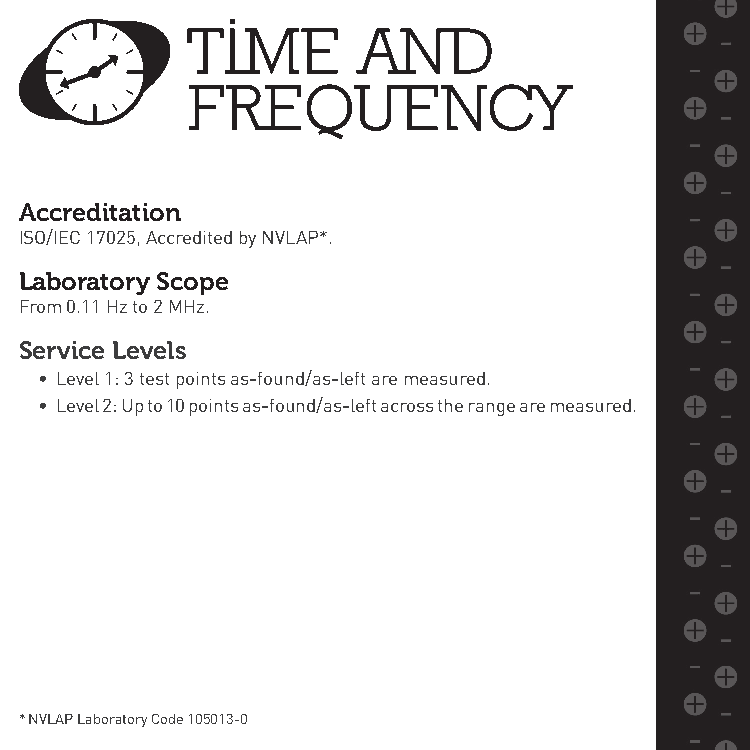
Accreditation
 ISO/IEC 17025, Accredited by NVLAP*.
 Laboratory Scope
 From 0.11 Hz to 2 MHz.
 Service Levels
 • Level 1: 3 test points as-found/as-left are measured.
 • Level 2: Up to 10 points as-found/as-left across the range are measured.
 * NVLAP Laboratory Code 105013-0